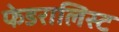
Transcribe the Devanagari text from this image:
फेडरालिस्ट